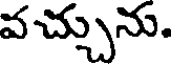
వచ్చును.